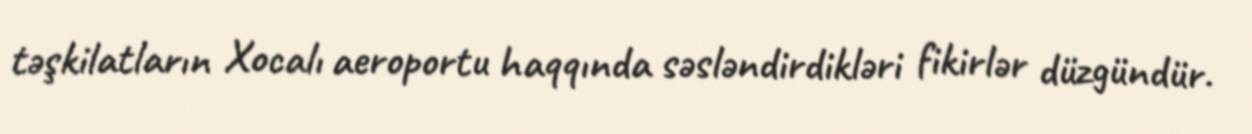
təşkilatların Xocalı aeroportu haqqında səsləndirdikləri fikirlər düzgündür.